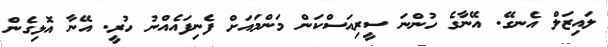
ލައިޒަލް އެނގޭ. އޭނާގެ ހުންނަ ސީރިއަސްކަން މަންމައަށް ފެނިފައެއްނު ހުރީ. އޭނާ އޮޅިގެން